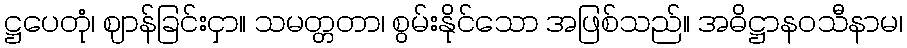
ဋ္ဌပေတုံ၊ ဈာန်ခြင်းငှာ။ သမတ္တတာ၊ စွမ်းနိုင်သော အဖြစ်သည်။ အဓိဋ္ဌာနဝသီနာမ၊